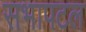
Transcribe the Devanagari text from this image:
सभापटल